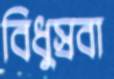
বিধুস্রবা